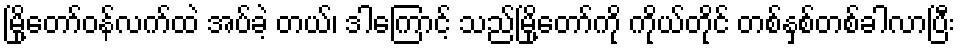
မြို့တော်ဝန်လက်ထဲ အပ်ခဲ့ တယ်၊ ဒါကြောင့် သည်မြို့တော်ကို ကိုယ်တိုင် တစ်နှစ်တစ်ခါလာပြီး